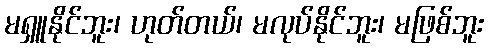
မရှူနိုင်ဘူး၊ ဟုတ်တယ်၊ မလုပ်နိုင်ဘူး၊ မဖြစ်ဘူး